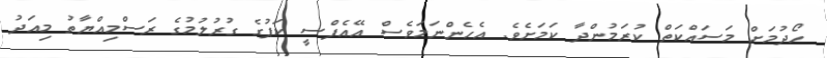
ހޯދުމަށް މަސައްކަތް ކުރަމުންދާ ކަމަށެވެ. އެހެންނަމަވެސް އޭއެފްސީ ކަޕުގެ ގުރުލުމުގެ ރަސްމިއްޔާތު މިއަދު